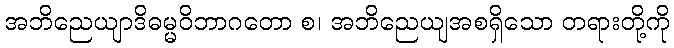
အဘိညေယျာဒိဓမ္မဝိဘာဂတော စ၊ အဘိညေယျအစရှိသော တရားတို့ကို